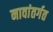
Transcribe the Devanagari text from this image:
नावांतर्गत